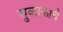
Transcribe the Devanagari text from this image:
सुकाफाचे